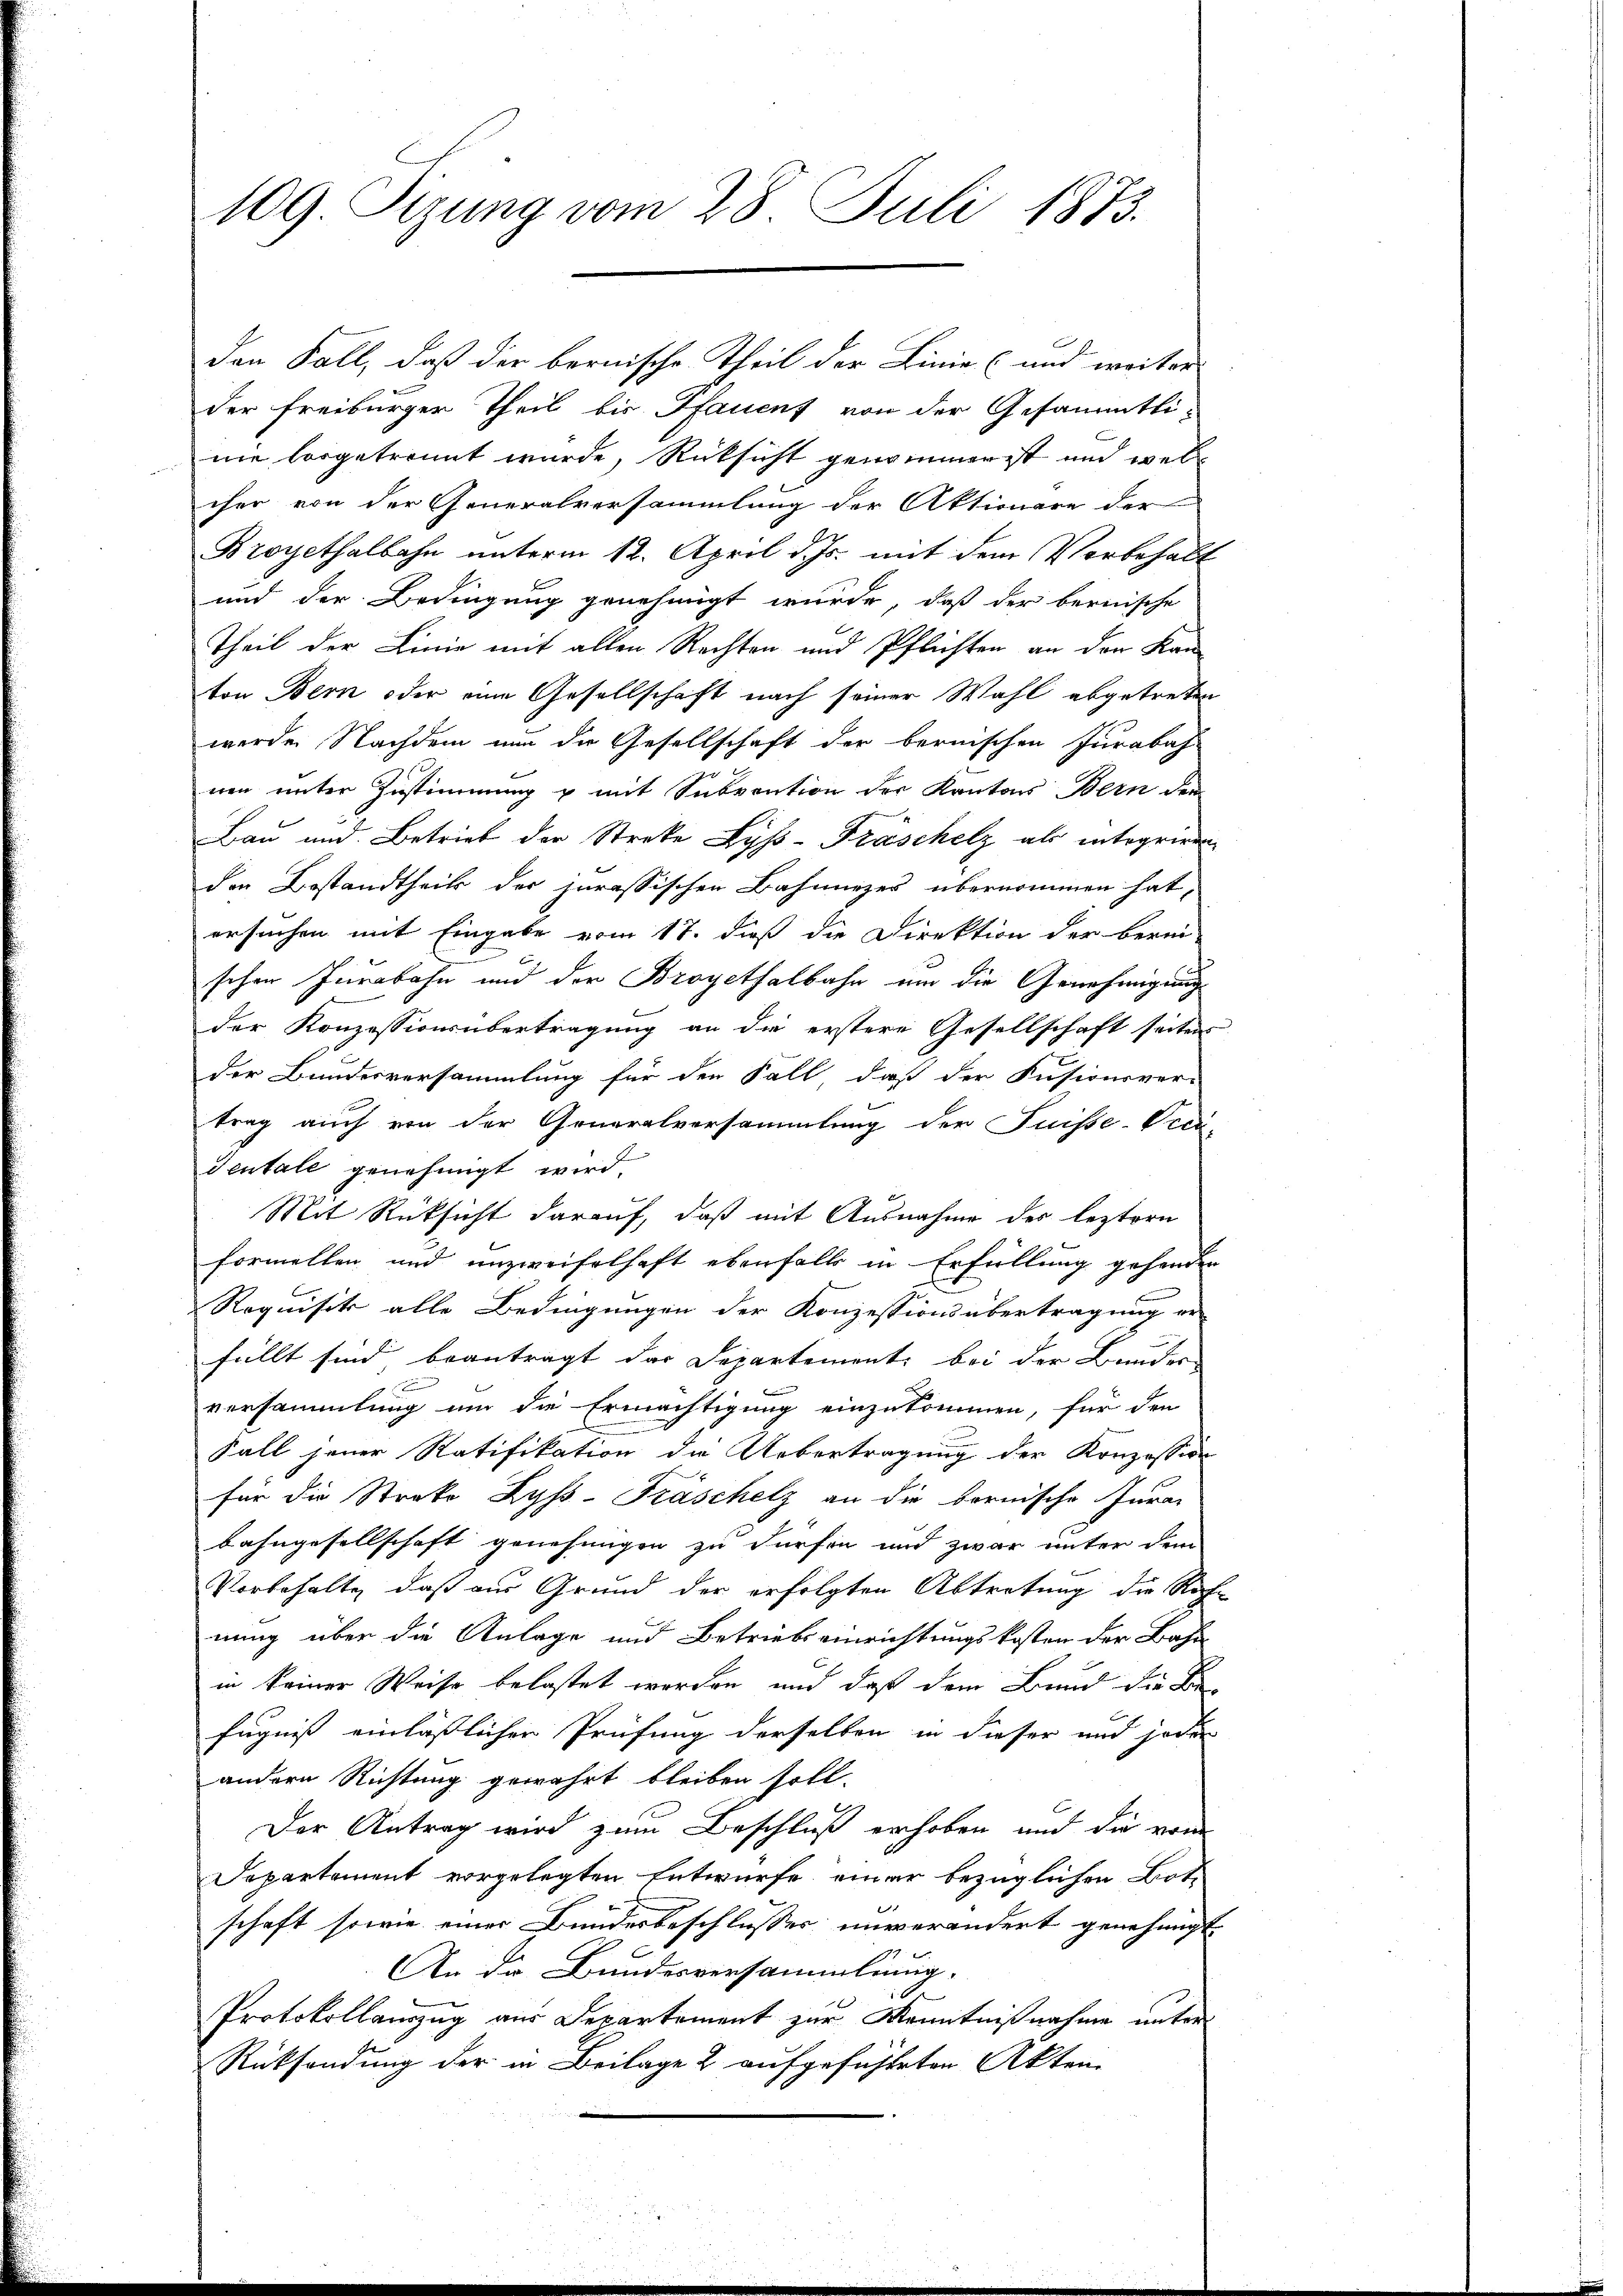
109 Sizung vom 28. Juli 1873.

den Fall, daß der bernische Theil der Linie (und weiter
der Freiburger Theil bis Pfauenz von der Gesammtli-
nie losgetrennt wurde, Rücksicht genommerst und weliher von der Generalversammlung der Aktionare der
Broyethalbahn unterm 12. April d. Js. mit dem Vorbehalt
und der Bedingung genehmigt wurde, daß der bernische
Theil der Linie mit allen Rechten und Pflichten an der Kanton Bern oder eine Gesellschaft nach seiner Wahl abgetretten
werde. Nachdem nun die Gesellschaft der bernischen Jurabah-
nen unter Zustimmung u mit Subvention der Kantons Bern den
Bau und Betrieb der Streke Lyss-Fräschelz als integriren
den Bestandtheits der jurassischen Bahnnezer übernommen hat,
ersuchen mit Eingabe vom 17. dieß die Direktion der berei-
schon Jurabahn und der Broyethalbahn um die Genehmigung
der Konzessionsübertragung an die erstere Gesellschaft seitens
der Bundesversammlung für den Fall, daß der Fusionsver-
trag auch von der Generalversammlung der Suisse-Veci-
Tentale genehmigt wird.
Mit Rüksicht darauf, daß mit Ausnahme des leztern
formellen und unzweifelhaft ebenfalls in Erfüllung gehenden
Requisit alle Bedingungen der Konzessionsübertragung er
füllt sind beantragt das Departement, bei der Bunder
versammlung um die Ermächtigung einzukommen, für den
Fall jener Ratifikation die Uebertragung der Konzession
für die Streke Ryss-Fräschelz an die bernische Jura-
Bahngesellschaft genehmigen zu dürfen und zwar unter dem
Vorbehalte, daß aus Grund der erfolgten Abtretung die Rech-
nung über die Anlage und Betriebseinrichtungskosten der Bahn
in keiner Weise belastet worden und daß dem Bund die Befugniß einlässlicher Prüfung derselben in dieser und jeder
andern Richtung gewährt bleiben soll.
Der Antrag wird zum Beschluß erhoben und die vom
Departement vorgelegten Entwurfe einer bezüglichen Bote
schaft sowie einer Bundesbeschlusses unverändert genehmigt.
An ir Bundesversammlung.
0
Protokollauszug aus Departement zur Kenntnißnahme unter
Rücksendung der in Beilage 2 aufgefühlten Akten